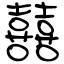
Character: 囍